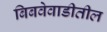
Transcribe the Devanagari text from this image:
बिबवेवाडीतील